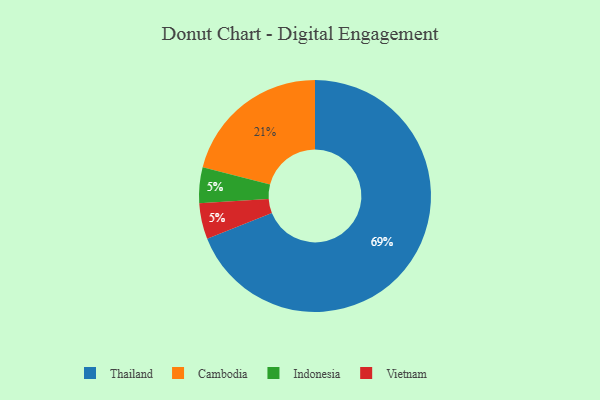
{"axis": {"x": "Category", "y": "Percentage"}, "legend": ["Cambodia", "Indonesia", "Thailand", "Vietnam"], "data": [{"x": "Indonesia", "y": 5, "type": "Indonesia"}, {"x": "Vietnam", "y": 5, "type": "Vietnam"}, {"x": "Thailand", "y": 69, "type": "Thailand"}, {"x": "Cambodia", "y": 21, "type": "Cambodia"}]}